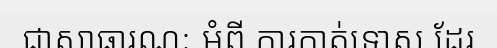
ជាសាធារណៈ អំពី ការកាត់ទោស ដែរ